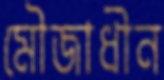
মৌজাধীন